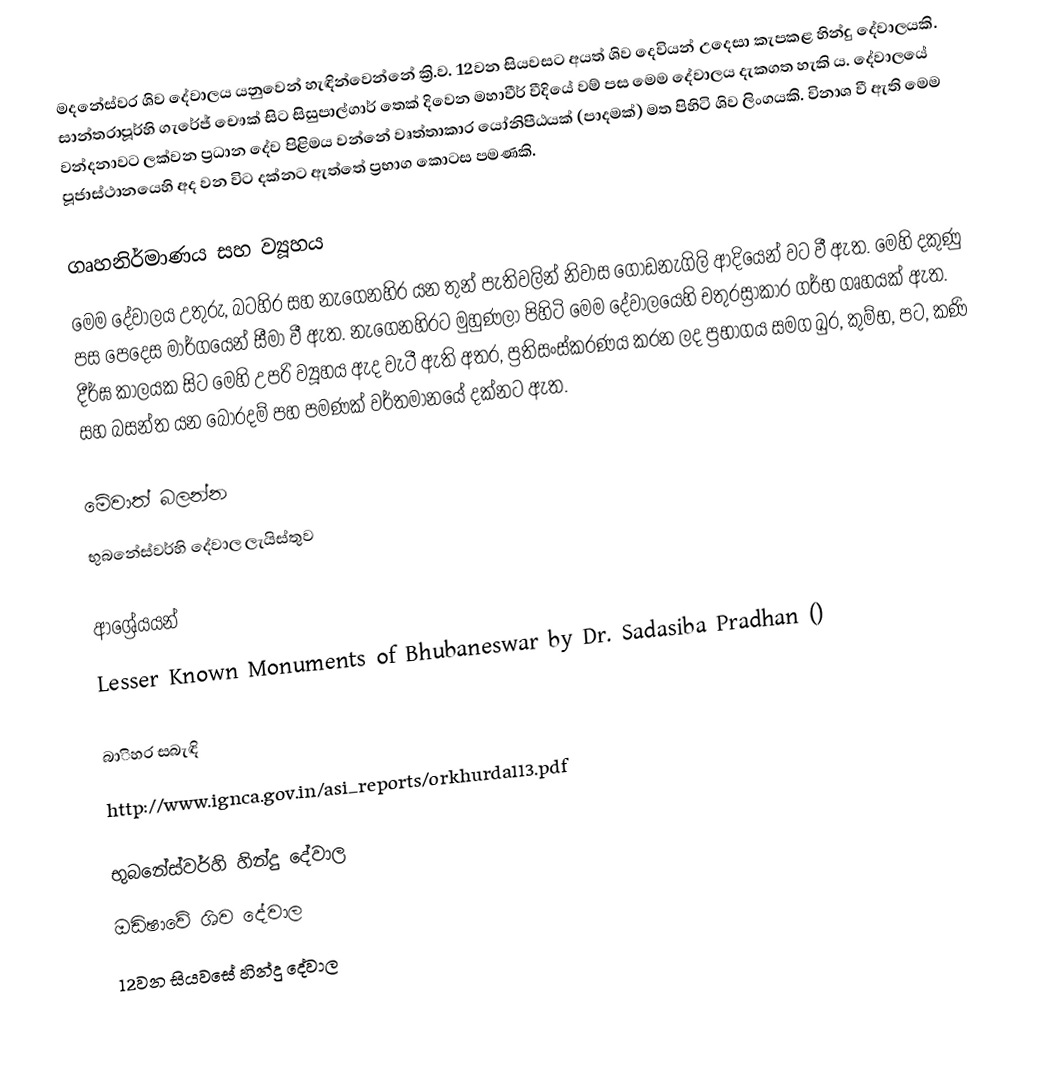
මදනේස්වර ශිව දේවාලය යනුවෙන් හැඳින්වෙන්නේ ක්‍රි.ව. 12වන සියවසට අයත් ශිව දෙවියන් උදෙසා කැපකළ හින්දු දේවාලයකි. සාන්තරාපූර්හි ගැරේජ් චෞක් සිට සිසුපාල්ගාර් තෙක් දිවෙන මහාවීර් වීදියේ වම් පස මෙම දේවාලය දැකගත හැකි ය. දේවාලයේ වන්දනාවට ලක්වන ප්‍රධාන දේව පිළිමය වන්නේ වෘත්තාකාර යෝනිපීඨයක් (පාදමක්) මත පිහිටි ශිව ලිංගයකි. විනාශ වී ඇති මෙම පූජාස්ථානයෙහි අද වන විට දක්නට ඇත්තේ ප්‍රභාග කොටස පමණකි.

ගෘහනිර්මාණය සහ ව්‍යූහය
මෙම දේවාලය උතුරු, බටහිර සහ නැගෙනහිර යන තුන් පැතිවලින් නිවාස ගොඩනැගිලි ආදියෙන් වට වී ඇත. මෙහි දකුණු පස පෙදෙස මාර්ගයෙන් සීමා වී ඇත. නැගෙනහිරට මුහුණලා පිහිටි මෙම දේවාලයෙහි චතුරස්‍රාකාර ගර්භ ගෘහයක් ඇත. දීර්ඝ කාලයක සිට මෙහි උපරි ව්‍යූහය ඇද වැටී ඇති අතර, ප්‍රතිසංස්කරණය කරන ලද ප්‍රභාගය සමග ඛුර, කුම්භ, පට, කණි සහ බසන්ත යන බොරදම් පහ පමණක් වර්තමානයේ දක්නට ඇත.

මේවාත් බලන්න
 භුබනේස්වර්හි දේවාල ලැයිස්තුව

ආශ්‍රේයයන්
 Lesser Known Monuments of Bhubaneswar by Dr. Sadasiba Pradhan ()

බාිහර සබැඳි
 http://www.ignca.gov.in/asi_reports/orkhurda113.pdf

භුබනේස්වර්හි හින්දු දේවාල
ඔඩිෂාවේ ශිව දේවාල
12වන සියවසේ හින්දු දේවාල